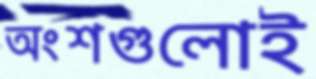
অংশগুলোই